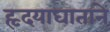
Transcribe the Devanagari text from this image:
हृदयाघाताने